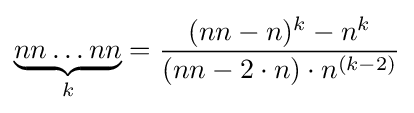
\underbrace {nn\ldots nn} _{k}={\frac {(nn-n)^{k}-n^{k}}{(nn-2\cdot n)\cdot n^{(k-2)}}}